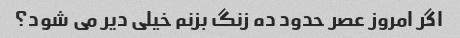
اگر امروز عصر حدود ده زنگ بزنم خیلی دیر می شود؟